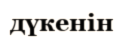
дүкенін